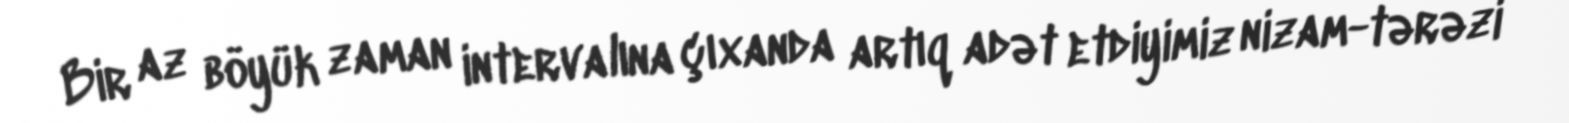
Bir az böyük zaman intervalına çıxanda artıq adət etdiyimiz nizam-tərəzi